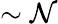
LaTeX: \sim\mathcal{N}